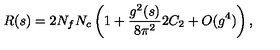
R ( s ) = 2 N _ { f } N _ { c } \left( 1 + \frac { g ^ { 2 } ( s ) } { 8 \pi ^ { 2 } } 2 C _ { 2 } + O ( g ^ { 4 } ) \right) ,